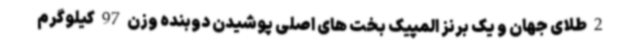
2 طلای جهان و یک برنز المپیک بخت های اصلی پوشیدن دوبنده وزن 97 کیلوگرم